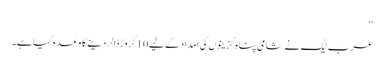
‘‘
عرب لیگ نے شامی پناہ گزینوں کی امداد کے لیے 10 کروڑ ڈالر دینے کا وعدہ کیا ہے ۔